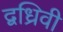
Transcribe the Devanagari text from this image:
द्वध्रिवी